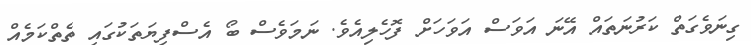
ގިނަވެގަތް ކަރުނަތައް އޭނަ އަވަސް އަވަހަށް ފޮހެލިއެވެ. ނަމަވެސް ބޯ އެސްފިޔަތަކުގައި ތެތްކަމެއް